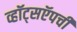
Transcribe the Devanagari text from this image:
व्हॉट्सऍपची